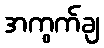
အကွက်ချ